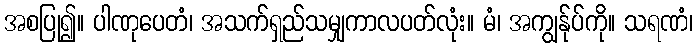
အစပြု၍။ ပါဏုပေတံ၊ အသက်ရှည်သမျှကာလပတ်လုံး။ မံ၊ အကျွန်ုပ်ကို။ သရဏံ၊